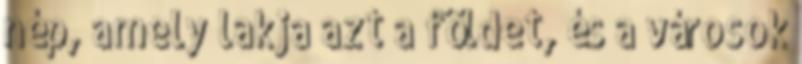
nép, amely lakja azt a földet, és a városok